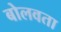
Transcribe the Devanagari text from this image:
बोलवता